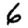
Digit: 6